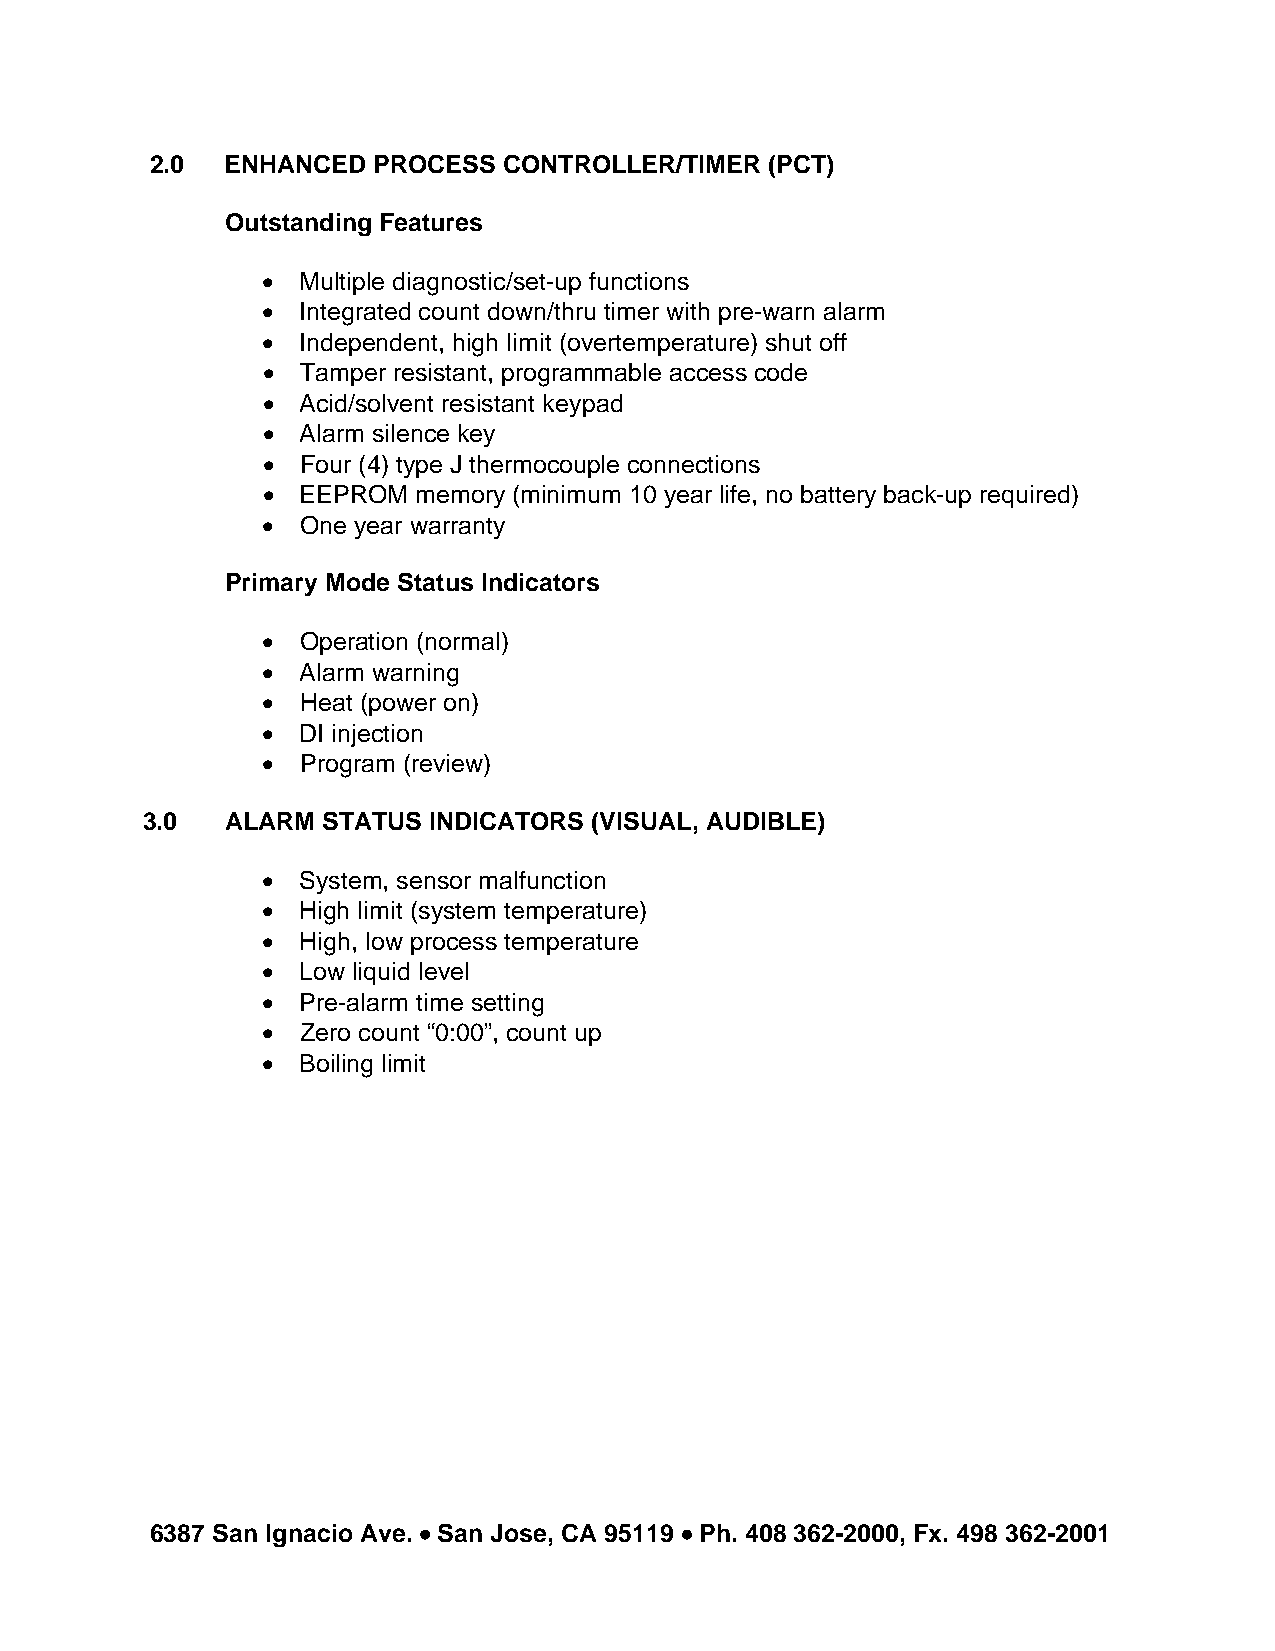
2.0  ENHANCED  PROCESS CONTROLLER/TIMER  (PCT)
 Outstanding Features
 •  Multiple diagnostic/set-up functions
 •  Integrated count down/thru timer with pre-warn alarm
 •  Independent, high limit (overtemperature) shut off
 •  Tamper resistant, programmable access code
 •  Acid/solvent resistant keypad
 •  Alarm silence key
 •  Four (4) type J thermocouple connections
 •  EEPROM memory (minimum 10 year life, no battery back-up required)
 •  One year warranty
 Primary Mode Status Indicators
 •  Operation (normal)
 •  Alarm warning
 •  Heat (power on)
 •  DI injection
 •  Program (review)
 3.0   ALARM STATUS INDICATORS (VISUAL, AUDIBLE)
 •  System, sensor malfunction
 •  High limit (system temperature)
 •  High, low process temperature
 •  Low liquid level
 •  Pre-alarm time setting
 •  Zero count “0:00”, count up
 •  Boiling limit
 6387 San Ignacio Ave. • San Jose, CA 95 119 • Ph. 408 362-2000, Fx. 498 362-2001